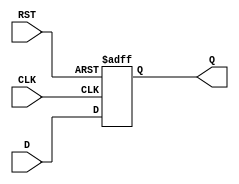
module DataRegister (
    input wire D,       // Data Input
    input wire CLK,     // Clock Input
    input wire RST,     // Reset Input
    output reg Q        // Data Output
);

// Asynchronous reset behavior
always @(posedge CLK or posedge RST) begin
    if (RST) begin
        Q <= 1'b0;      // Set Q to 0 on reset
    end else begin
        Q <= D;         // Update Q with D on clock edge
    end
end

endmodule